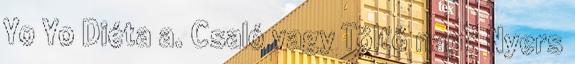
Yo Yo Diéta a. Csaló vagy Töltő nap? Nyers